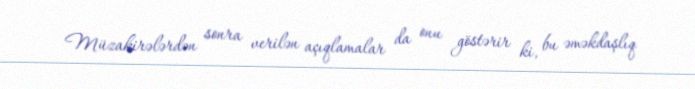
Müzakirələrdən sonra verilən açıqlamalar da onu göstərir ki, bu əməkdaşlıq